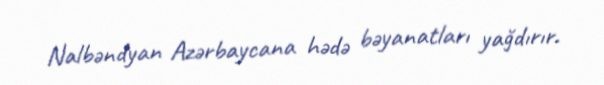
Nalbəndyan Azərbaycana hədə bəyanatları yağdırır.